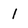
Character: 1